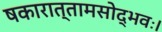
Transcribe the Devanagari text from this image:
षकारात्तामसोद्भवः।